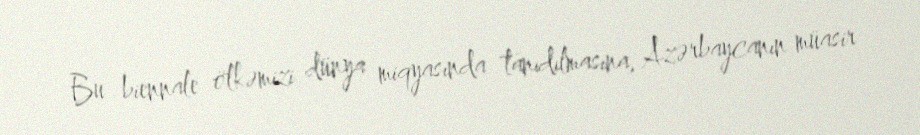
Bu biennale ölkəmizi dünya miqyasında tanıdılmasına, Azərbaycanın müasir